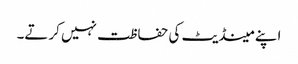
اپنے مینڈیٹ کی حفاظت نہیں کرتے۔